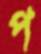
প